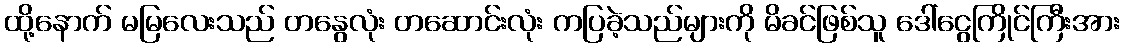
ထို့နောက် မမြလေးသည် တနွေလုံး တဆောင်းလုံး ကပြခဲ့သည်များကို မိခင်ဖြစ်သူ ဒေါ်ငွေကြိုင်ကြီးအား